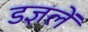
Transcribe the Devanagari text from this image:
डज्ञलें